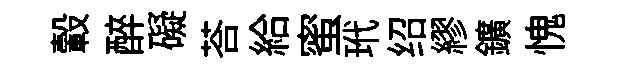
轂醉礙荅給蜜玳绍繆鑛愧